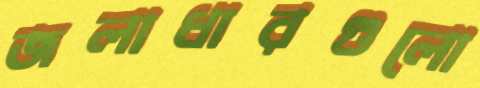
জলাধারগুলো